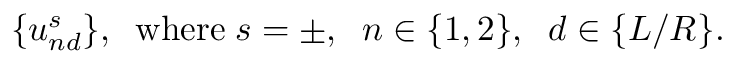
\begin{array} { r } { \{ u _ { n d } ^ { s } \} , \; \; \mathrm { w h e r e } \; s = \pm , \; \; n \in \{ 1 , 2 \} , \; \; d \in \{ L / R \} . } \end{array}